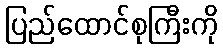
ပြည်ထောင်စုကြီးကို